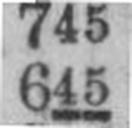
645